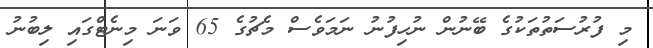
މި ފުރުސަތުތަކުގެ ބޭނުން ނުހިފުނު ނަމަވެސް މެޗުގެ 65 ވަނަ މިނެޓްގައި ލިބުނު